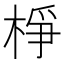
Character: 棦